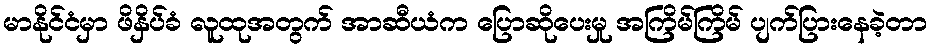
မာနိုင်ငံမှာ ဖိနှိပ်ခံ လူထုအတွက် အာဆီယံက ပြောဆိုပေးမှု အကြိမ်ကြိမ် ပျက်ပြားနေခဲ့တာ